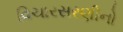
વિચારસરણીનો